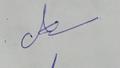
Signature authenticity: genuine